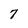
Character: 7